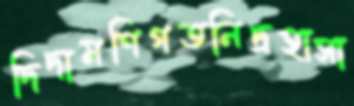
দিদামণিগতনিদ্রহাসা